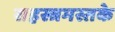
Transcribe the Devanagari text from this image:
सहस्त्रमस्तके